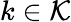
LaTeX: k\in\mathcal{K}